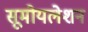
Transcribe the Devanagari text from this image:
सूमोयलेशन